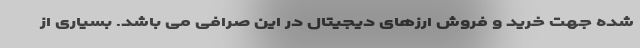
شده جهت خرید و فروش ارزهای دیجیتال در این صرافی می باشد. بسیاری از